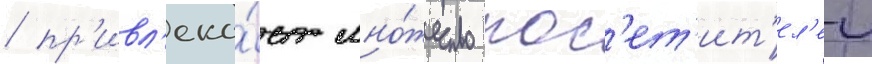
/ пр'ивл'ека́ет мно́жество пос'ет'ит'ел'еи